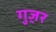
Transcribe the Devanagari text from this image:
गुज़़र